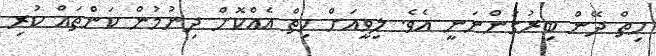
ހިތް ދޭން ބިރުގަންނަނީ އެވެ. ލިވީއަށް ހިތް އެއްކޮށް ދިނުމުން ކަންތައް ކުރި